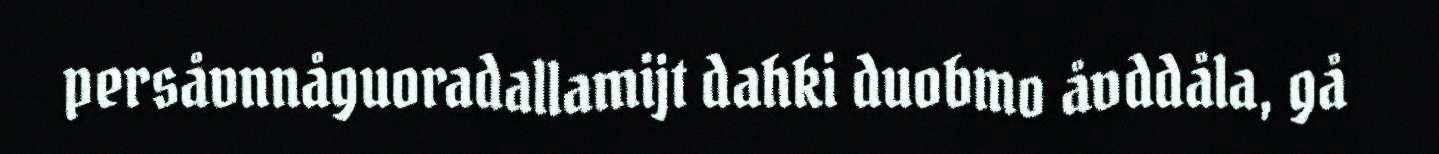
persåvnnåguoradallamijt dahki duobmo åvddåla, gå